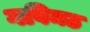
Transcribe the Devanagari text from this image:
गविमठ